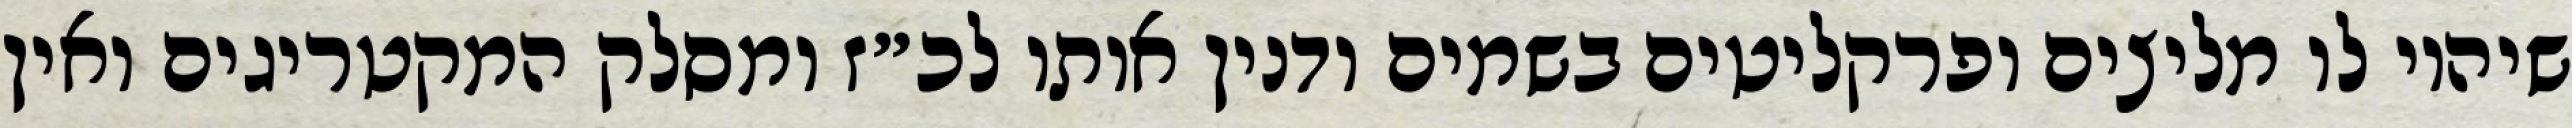
שיהיו לו מליצים ופרקליטים בשמים ודנין אותו לכ״ז ומסלק המקטריגים ואין